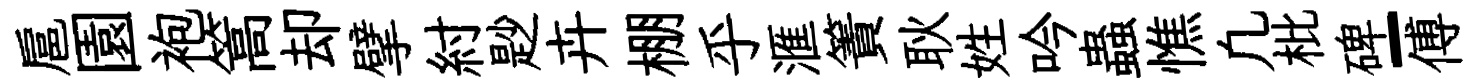
扈園袍篙却擘紂尟卉棚乎滙簀耿姓吟蟲憔凢枇碑-傅